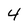
Character: 4